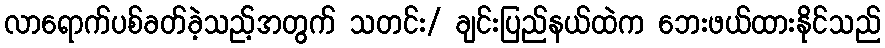
လာရောက်ပစ်ခတ်ခဲ့သည့်အတွက် သတင်း/ ချင်းပြည်နယ်ထဲက ဘေးဖယ်ထားနိုင်သည်